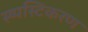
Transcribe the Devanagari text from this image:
स्ष्पस्टिकरण